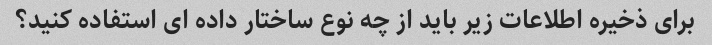
برای ذخیره اطلاعات زیر باید از چه نوع ساختار داده ای استفاده کنید؟